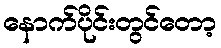
နောက်ပိုင်းတွင်တော့